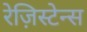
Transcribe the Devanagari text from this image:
रेज़िस्टेन्स